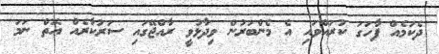
ދެކަމެއް ފާހަގަ ކުރައްވައި އެ މެންބަރުން ވިދާޅުވީ ރާއްޖޭގައި ސަރުކާރެއް އޮތް ނަމަ